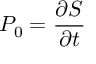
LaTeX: P _ { 0 } = \frac { \partial S } { \partial t }